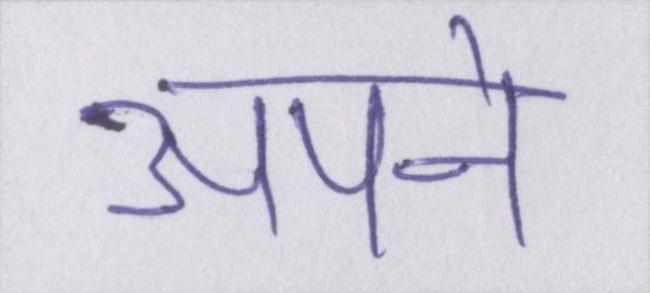
अपने